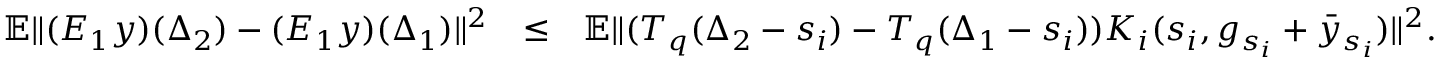
\begin{array} { r l r } { \mathbb { E } \| ( { \cal E } _ { 1 } y ) ( \Delta _ { 2 } ) - ( { \cal E } _ { 1 } y ) ( \Delta _ { 1 } ) \| ^ { 2 } } & { \leq } & { \mathbb { E } \| ( { \cal T } _ { q } ( \Delta _ { 2 } - s _ { i } ) - { \cal T } _ { q } ( \Delta _ { 1 } - s _ { i } ) ) { \cal K } _ { i } ( s _ { i } , g _ { s _ { i } } + \bar { y } _ { s _ { i } } ) \| ^ { 2 } . } \end{array}